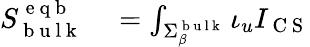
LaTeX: \begin{array}{rl}{S_{\mathrm{~b~u~l~k~}}^{\mathrm{~e~q~b~}}}&{{}=\int_{\Sigma_{\beta}^{\mathrm{~b~u~l~k~}}}\iota_{u}I_{\mathrm{~C~S~}}}\end{array}